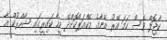
ކާޖޮލް ވެސް ހަމަ އޭރު އޭނާގެ މޭކްއަޕްކޮށްދޭ މީހާ ކައިރީގައި ޝާހްރުކް އާ